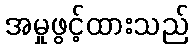
အမှုဖွင့်ထားသည်